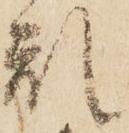
乱